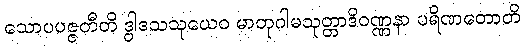
သောပပဇ္ဇတီတိ ဒွါဒသသုယေဝ မာတုဂါမသုတ္တာဒိဝဏ္ဏနာ ပရိဏတောတိ